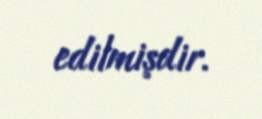
edilmişdir.